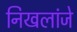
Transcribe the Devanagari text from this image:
निखलांजे